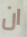
ان